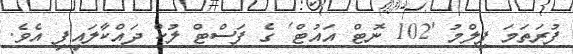
ފުރަތަމަ ފިލްމު '102 ނޮޓް އައުޓް' ގެ ފަސްޓް ލުކް ދައްކާލައިފި އެވެ.